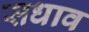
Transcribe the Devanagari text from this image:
सधाव